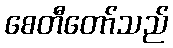
စေတီတော်သည်